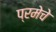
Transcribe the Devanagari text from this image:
प्रमेचे